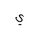
Letter: _ya